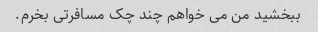
ببخشید من می خواهم چند چک مسافرتی بخرم.